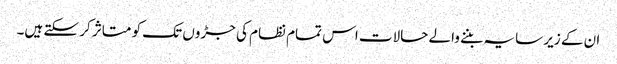
ان کے زیر سایہ بننے والے حالات اس تمام نظام کی جڑوں تک کو متاثر کر سکتے ہیں۔